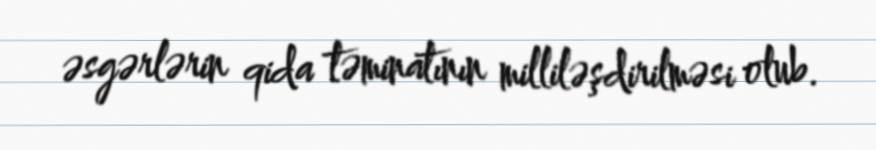
əsgərlərin qida təminatının milliləşdirilməsi olub.